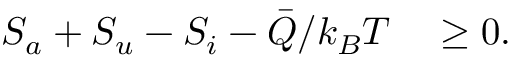
\begin{array} { r l } { S _ { a } + S _ { u } - S _ { i } - \bar { Q } / k _ { B } T } & { { } \geq 0 . } \end{array}